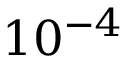
1 0 ^ { - 4 }